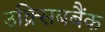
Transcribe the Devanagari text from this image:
उक्र्सिबबैंक